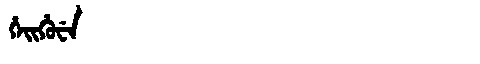
Manchu: ᡥᡝᡳᡥᡠᠸᡝ
Romanization: HEIHUWE